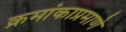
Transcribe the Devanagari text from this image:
क्रमांकाप्रमाणे